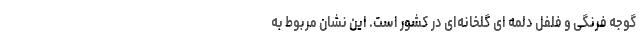
گوجه فرنگی و فلفل دلمه ای گلخانه‌ای در کشور است. این نشان مربوط به